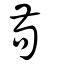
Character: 茍